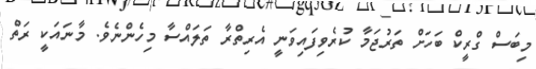
މިބަސް ގްރީކް ބަހަށް ތަރުޖަމާ ކުރެވިފައިވަނީ އެރިތްރާ ތަލައްސާ މިހެންނެވެ. މާނައަކީ ރަތް